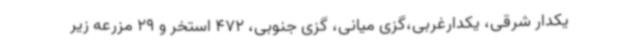
یکدار شرقی، یکدارغربی،گزی میانی، گزی جنوبی، 472 استخر و 29 مزرعه زیر